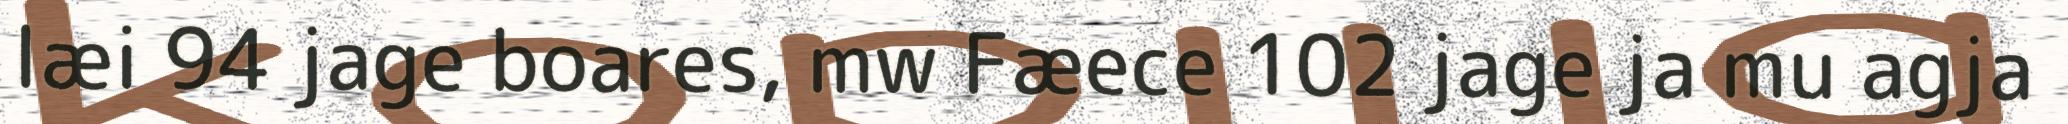
læi 94 jage boares, mw Fæece 102 jage ja mu agja